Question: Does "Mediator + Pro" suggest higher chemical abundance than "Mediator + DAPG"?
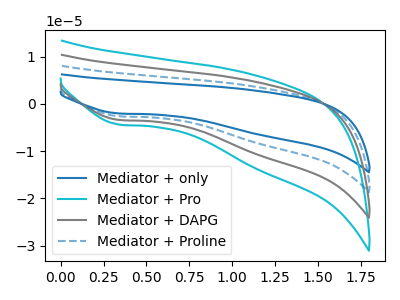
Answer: <think>The blue curve "Mediator + only" has a cathodic peak at: (0.35V, -10.20uA). The cyan curve "Mediator + Pro" has a cathodic peak at: (0.35V, -4.40uA). The gray curve "Mediator + DAPG" has a cathodic peak at: (0.35V, -3.40uA). The blue dashed curve "Mediator + Proline" has a cathodic peak at: (0.35V, -6.80uA).
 All the peaks in "Mediator + Pro" have a peak in "Mediator + DAPG" at the same potential. Every peak in "Mediator + Pro" is higher than every peak in "Mediator + DAPG".</think>
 <answer>"Mediator + Pro" has more signal than "Mediator + DAPG".</answer>
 <eval>more_signal</eval>